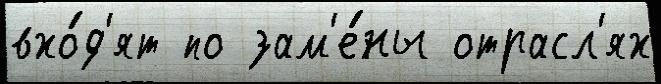
вхо́д'ят по зам'е́ны отрасл'ях